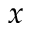
x